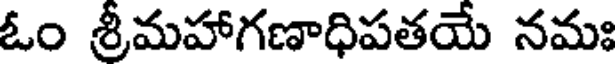
ఓం శ్రీమహాగణాధిపతయే నమః